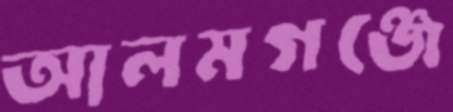
আলমগঞ্জে